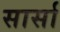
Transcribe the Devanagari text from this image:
सार्सा